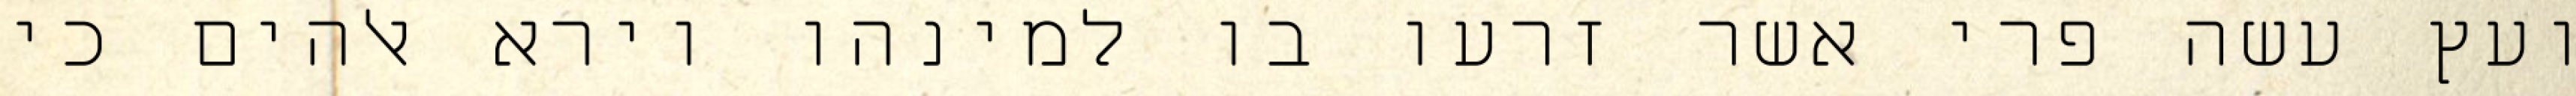
ועץ עשה פרי אשר זרעו בו למינהו וירא אלהים כי